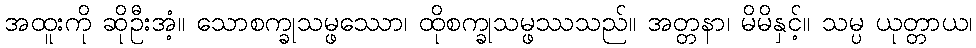
အထူးကို ဆိုဦးအံ့။ သောစက္ခုသမ္ဖဿော၊ ထိုစက္ခုသမ္ဖဿသည်။ အတ္တနာ၊ မိမိနှင့်။ သမ္ပ ယုတ္တာယ၊